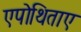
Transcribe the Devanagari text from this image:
एपोथिताए